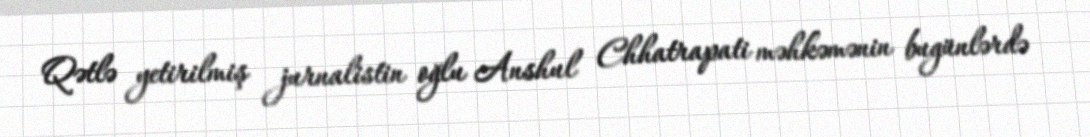
Qətlə yetirilmiş jurnalistin oğlu Anshul Chhatrapati məhkəmənin bugünlərdə